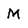
Character: M